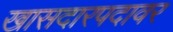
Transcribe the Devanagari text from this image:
खासदारपदावर